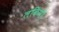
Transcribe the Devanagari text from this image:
लंकिणी